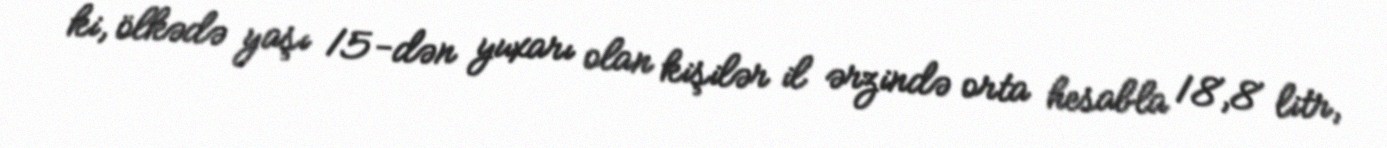
ki, ölkədə yaşı 15-dən yuxarı olan kişilər il ərzində orta hesabla 18,8 litr,